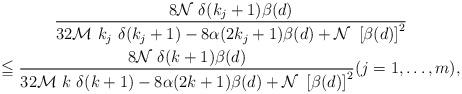
LaTeX: \begin{gather*}\frac{8\mathcal{N}\ \delta (k_{j}+1)\beta (d)}{32\mathcal{M}\ k_{j}\ \delta(k_{j}+1)-8\alpha (2k_{j}+1)\beta (d)+\mathcal{N}\ \left[ \beta (d)\right]^{2}} \\\leqq \frac{8\mathcal{N}\ \delta (k+1)\beta (d)}{32\mathcal{M}\ k\ \delta(k+1)-8\alpha (2k+1)\beta (d)+\mathcal{N}\ \left[ \beta (d)\right] ^{2}}(j=1,\ldots ,m),\end{gather*}